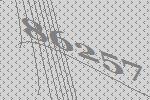
86257